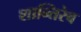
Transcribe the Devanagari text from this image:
शान्तिरेव